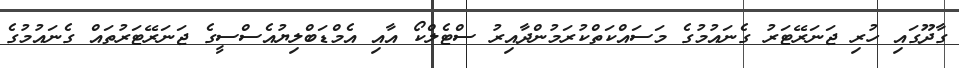
ގާދޫގައި ހުރި ޖަނަރޭޓަރު ގެނައުމުގެ މަސައްކަތްކުރަމުންދާއިރު ސްޓެލްކޯ އާއި އެމްޑަބްލިޔުއެސްސީގެ ޖަނަރޭޓަރުތައް ގެނައުމުގެ